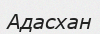
Адасхан